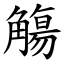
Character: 觴